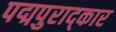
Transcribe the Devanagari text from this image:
पद्मपुराद्कार